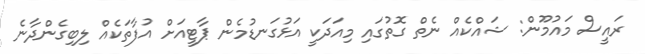
ރައީސް މައުމޫން: ޝައްކެއް ނެތް ގޮތުގައި މިއަދަކީ އަޅުގަނޑުމެން ޕާޓީއަށް އުފާތަކެއް ލިބިގެންދާނެ